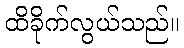
ထိခိုက်လွယ်သည်။